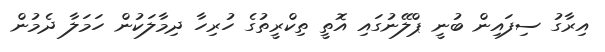
އިރާގު ސިފައިން ބުނީ ޕްލޭނުގައި އޮތީ ތިކްރީތުގެ ހުރިހާ ދިމާލަކުން ހަމަލާ ދެމުން